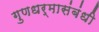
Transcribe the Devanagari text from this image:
गुणधर्मासंबंधी